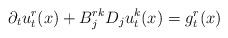
LaTeX: \begin{align*} \partial_{t}u^{ r}_{t}(x)+B^{rk}_{j}D_{j}u^{k}_{t}(x) =g^{r}_{t}(x)\end{align*}